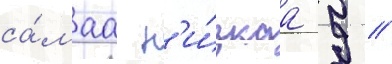
са́маа н'и́зкаа 9 //